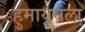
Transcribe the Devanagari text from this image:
हुमायुनला